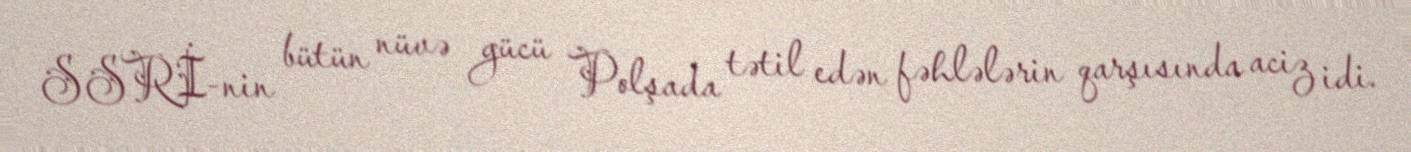
SSRİ-nin bütün nüvə gücü Polşada tətil edən fəhlələrin qarşısında aciz idi.